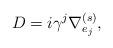
LaTeX: \begin{align*}D = i \gamma ^{j} \nabla ^{(s)}_{e_{j}},\end{align*}